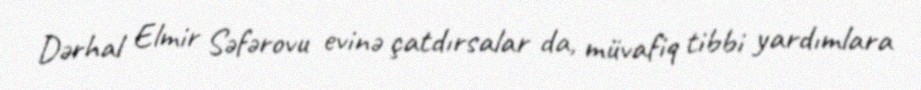
Dərhal Elmir Səfərovu evinə çatdırsalar da, müvafiq tibbi yardımlara